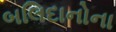
બલિદાનોના